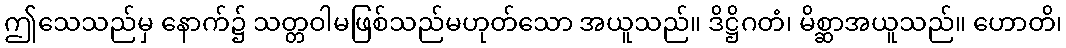
ဤသေသည်မှ နောက်၌ သတ္တဝါမဖြစ်သည်မဟုတ်သော အယူသည်။ ဒိဋ္ဌိဂတံ၊ မိစ္ဆာအယူသည်။ ဟောတိ၊